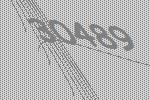
30489